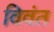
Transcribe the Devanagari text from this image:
विवंत